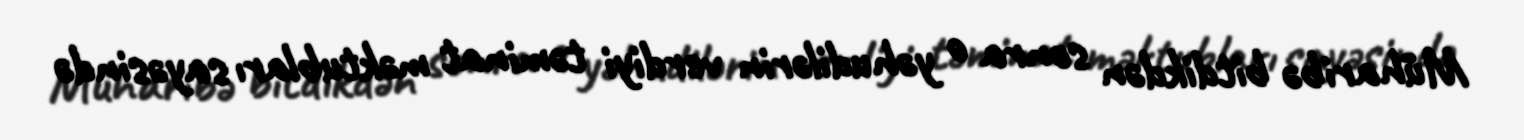
Müharibə bitdikdən sonra o yəhudilərin verdiyi təminat məktubları sayəsində